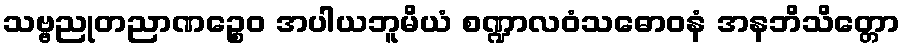
သဗ္ဗညုတညာဏဉ္စေဝ အပါယဘူမိယံ စဏ္ဍာလဝံသဓောဝနံ အနဘိသိတ္တော